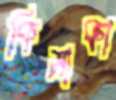
কিসাকা